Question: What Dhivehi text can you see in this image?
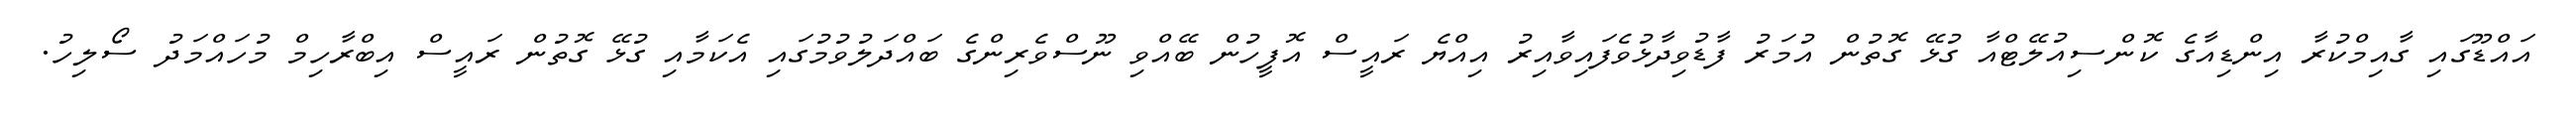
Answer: އައްޑޫގައި ގާއިމްކުރާ އިންޑިއާގެ ކޮންސިއުލޭޓްއާ ގުޅޭ ގޮތުން އުމަރު ފާޑުވިދާޅުވެފައިވާއިރު އިއްޔެ ރައީސް އޮފީހުން ބޭއްވި ނޫސްވެރިންގެ ބައްދަލުވުމުގައި އެކަމާއި ގުޅޭ ގޮތުން ރައީސް އިބްރާހިމް މުހައްމަދު ސޯލިހު.